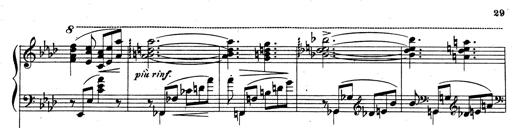
Title: Rhapsodie espagnole
Composer: Franz Liszt